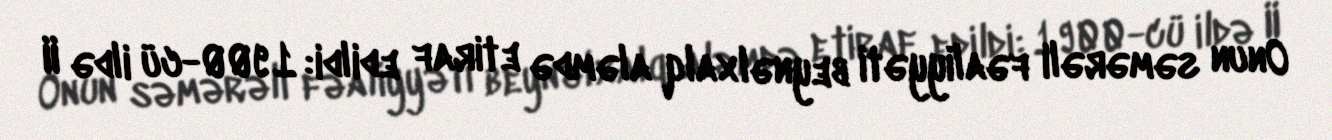
Onun səmərəli fəaliyyəti beynəlxalq aləmdə etiraf edildi: 1900-cü ildə II